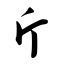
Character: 斤